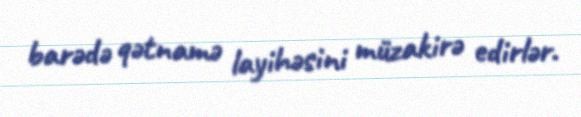
barədə qətnamə layihəsini müzakirə edirlər.